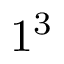
1 ^ { 3 }